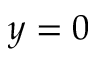
y = 0